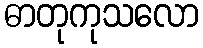
ဓာတုကုသလော